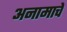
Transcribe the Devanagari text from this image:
अनामाचे